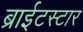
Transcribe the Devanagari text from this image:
ब्राईटस्टार